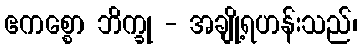
ဧကစ္စော ဘိက္ခု - အချို့ရဟန်းသည်၊